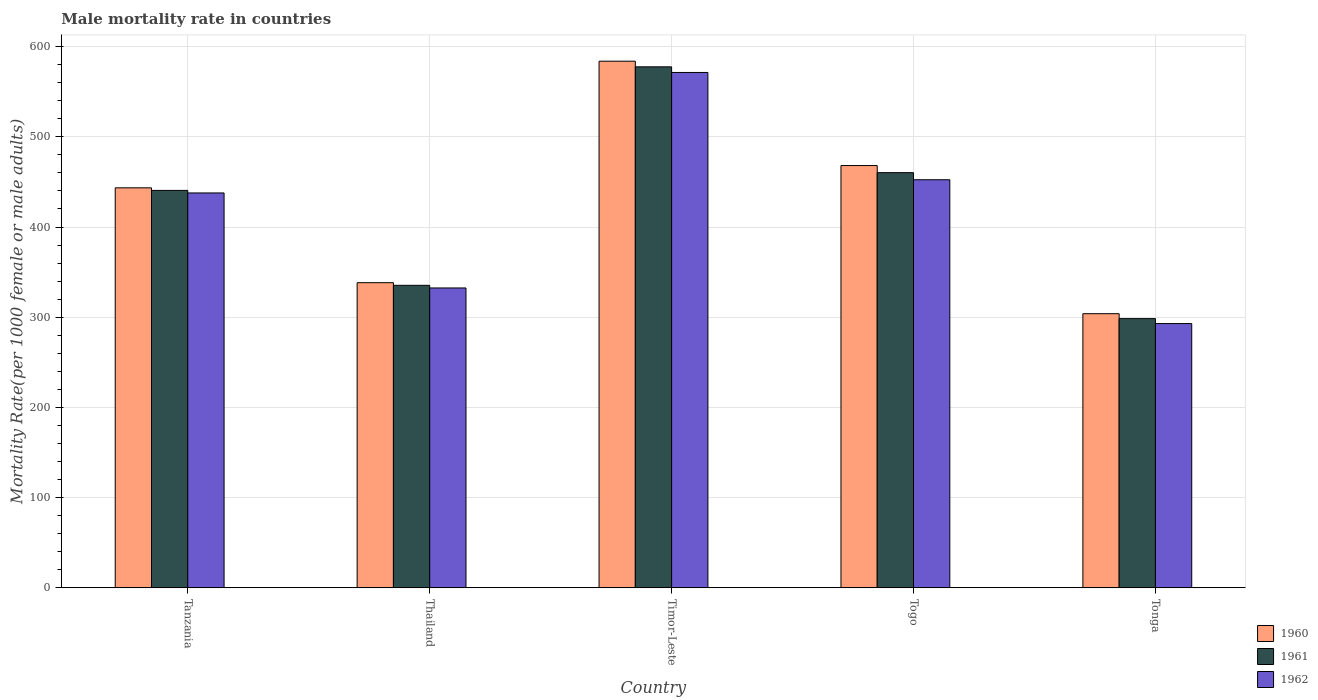
| Country | 1960 | 1961 | 1962 |
 | --- | --- | --- | --- |
 | Tanzania | 443 | 441 | 438 |
 | Thailand | 338 | 335 | 332 |
 | Timor-Leste | 584 | 578 | 571 |
 | Togo | 468 | 460 | 452 |
 | Tonga | 304 | 298 | 293 |